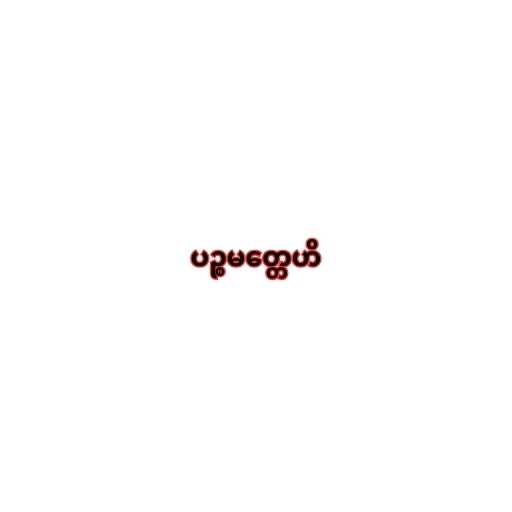
ပဉ္စမတ္တေဟိ